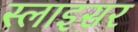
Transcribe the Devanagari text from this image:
स्लाइसर